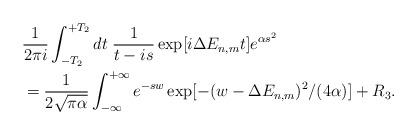
LaTeX: \begin{align*}&\frac{1}{2\pi i}\int_{-T_2}^{+T_2}dt\; \frac{1}{t-is}\exp[i\Delta E_{n,m}t]e^{\alpha s^2}\\&=\frac{1}{2\sqrt{\pi\alpha}}\int_{-\infty}^{+\infty}e^{-sw}\exp[-(w-\Delta E_{n,m})^2/(4\alpha)]+R_3.\end{align*}